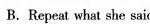
B. Repeat what she said.